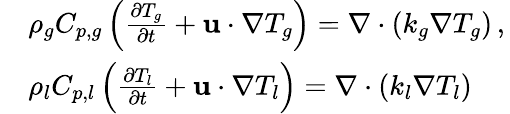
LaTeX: \begin{array}{rl}&{\rho_{g}C_{p,g}\left(\frac{\partial T_{g}}{\partial t}+\mathbf{u}\cdot\nabla T_{g}\right)=\nabla\cdot(k_{g}\nabla T_{g})\, ,\, }\\ &{\rho_{l}C_{p,l}\left(\frac{\partial T_{l}}{\partial t}+\mathbf{u}\cdot\nabla T_{l}\right)=\nabla\cdot(k_{l}\nabla T_{l})\, }\end{array}